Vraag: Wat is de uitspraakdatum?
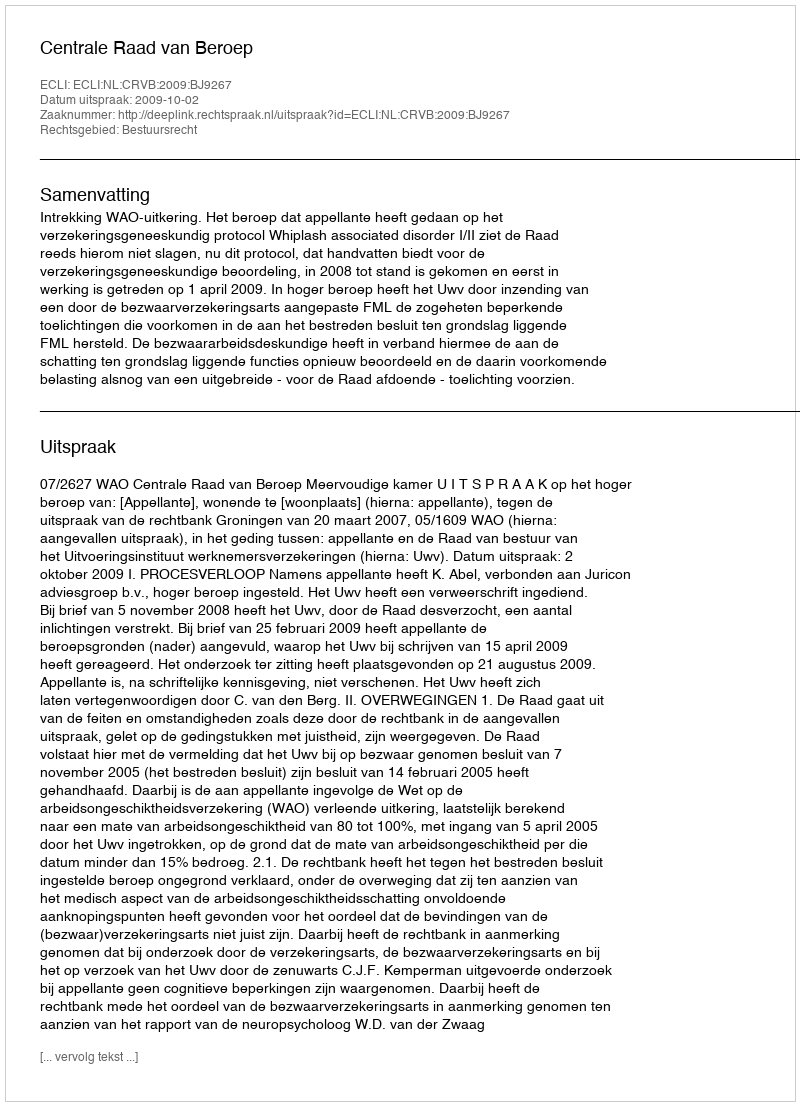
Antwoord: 2009-10-02